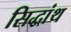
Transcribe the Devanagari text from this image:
सिद्धांथ